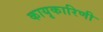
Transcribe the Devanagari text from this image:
कायृकारिणी